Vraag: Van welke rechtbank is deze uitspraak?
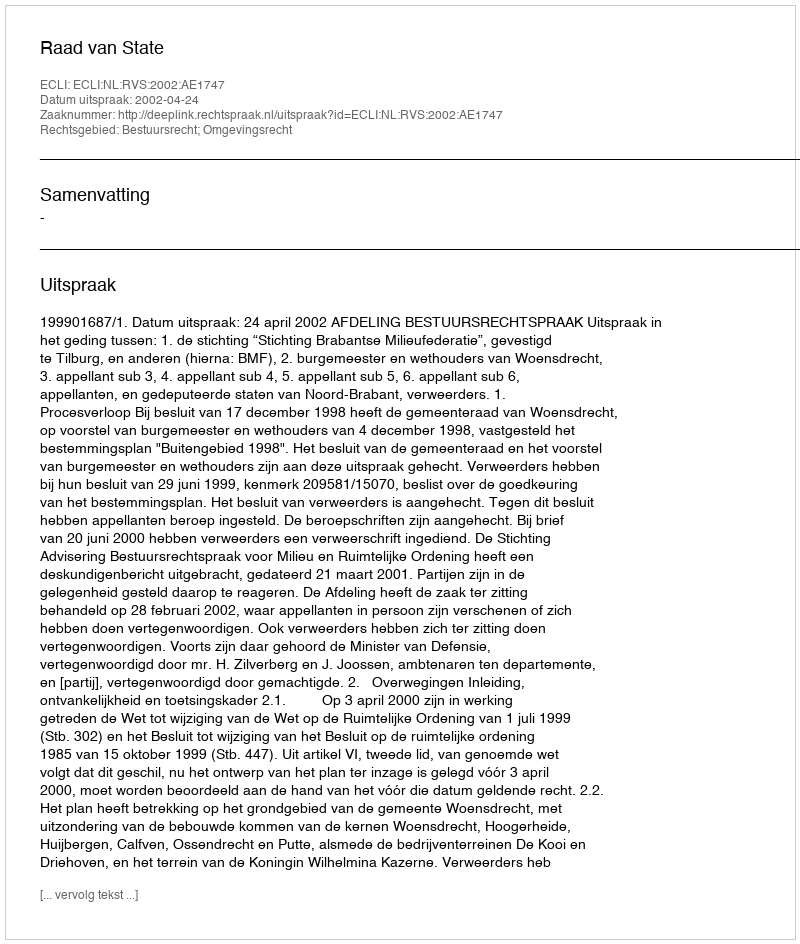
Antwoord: Raad van State